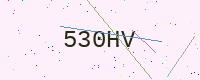
Text: 530HV